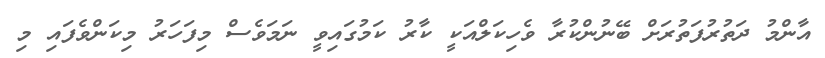
އާންމު ދަތުރުފަތުރަށް ބޭނުންކުރާ ވެހިކަލްއަކީ ކާރު ކަމުގައިވީ ނަމަވެސް މިފަހަރު މިކަންވެފައި މި